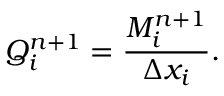
Q _ { i } ^ { n + 1 } = \frac { M _ { i } ^ { n + 1 } } { \Delta x _ { i } } .